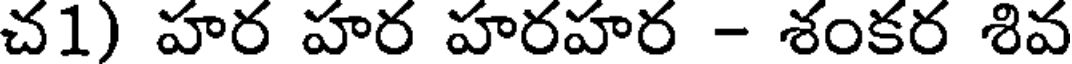
చ1) హర హర హరహర - శంకర శివ